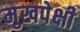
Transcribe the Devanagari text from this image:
मुखपेक्षी